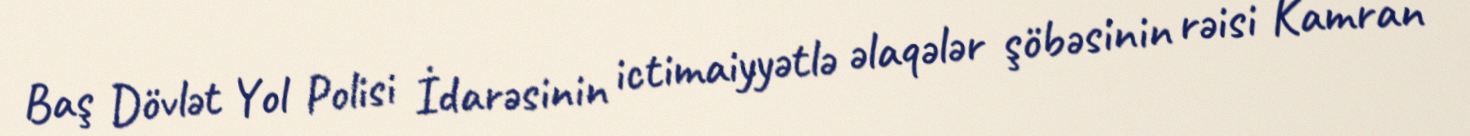
Baş Dövlət Yol Polisi İdarəsinin ictimaiyyətlə əlaqələr şöbəsinin rəisi Kamran